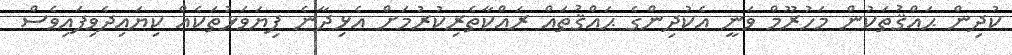
ކުދިން ޙައްޤުތަކުން މަހުރޫމް ވަނީ އެކުދިންގެ ޙައްޤުތައް ރައްކާތެރިކުރުމަށް އެޅިދާނެ ފިޔަވަޅުތަކެއް ކިޔައިދެވިފައިވެސް